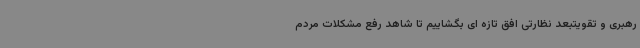
رهبری و تقویتبعد نظارتی افق تازه ای بگشاییم تا شاهد رفع مشکلات مردم